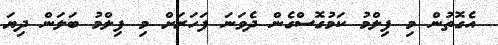
އެގޮތުން މި ފިލްމު ކަމުގޮސްގެން ދެވަނަ ފަހަރަށް މި ފިލްމު ބަލަން ދިޔަ